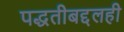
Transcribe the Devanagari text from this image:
पद्धतीबद्दलही